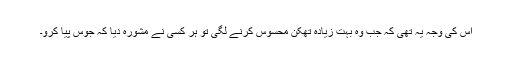
اس کی وجہ یہ تھی کہ جب وہ بہت زیادہ تھکن محسوس کرنے لگی تو ہر کسی نے مشورہ دیا کہ جوس پیا کرو۔